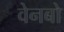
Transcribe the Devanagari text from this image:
वेनबो